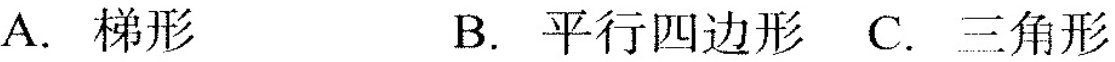
A.梯形 B.平行四边形 C.三角形